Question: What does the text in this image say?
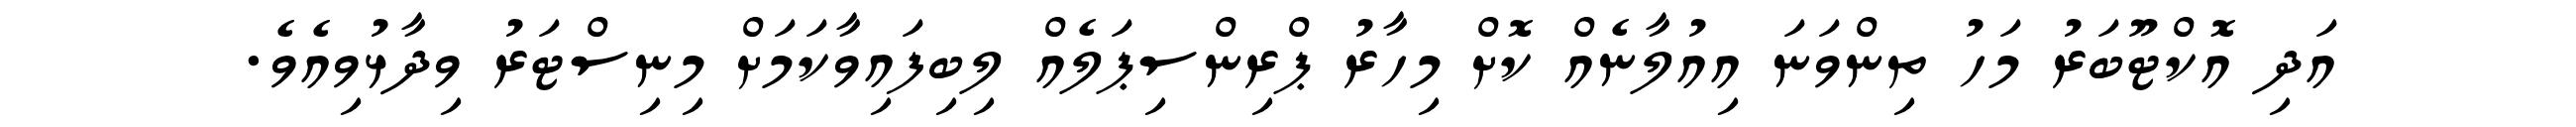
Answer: އަދި އޮކްޓޫބަރު މަހު ތިންވަނަ އިއުލާނެއް ކޮށް މިހާރު ޕްރިންސިޕަލެއް ލިބިފައިވާކަމަށް މިނިސްޓަރު ވިދާޅުވިއެވެ.